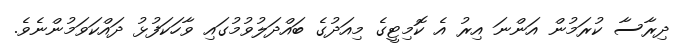
ދިރާސާ ކުރަމުން އަންނަ އިރު އެ ކޮމިޓީގެ މިއަދުގެ ބައްދަލުވުމުގައި ވާހަކަފުޅު ދައްކަވަމުންނެވެ.